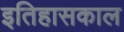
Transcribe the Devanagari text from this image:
इतिहासकाल